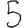
Digit: 5